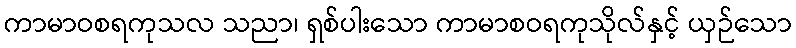
ကာမာဝစရကုသလ သညာ၊ ရှစ်ပါးသော ကာမာစဝရကုသိုလ်နှင့် ယှဉ်သော